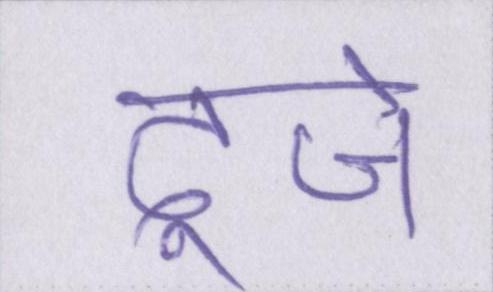
दूजे